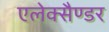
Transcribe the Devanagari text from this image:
एलेक्सैण्डर